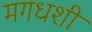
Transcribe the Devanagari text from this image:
मगधशी